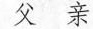
父 亲